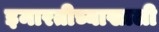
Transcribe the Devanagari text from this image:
इमारतीच्याखाली